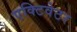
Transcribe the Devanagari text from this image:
एक्टिवेटर